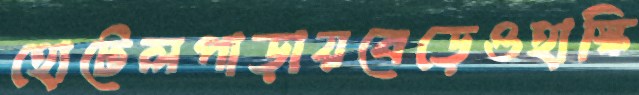
হোটেলপাড়ায়বেড়েওহাস্কি